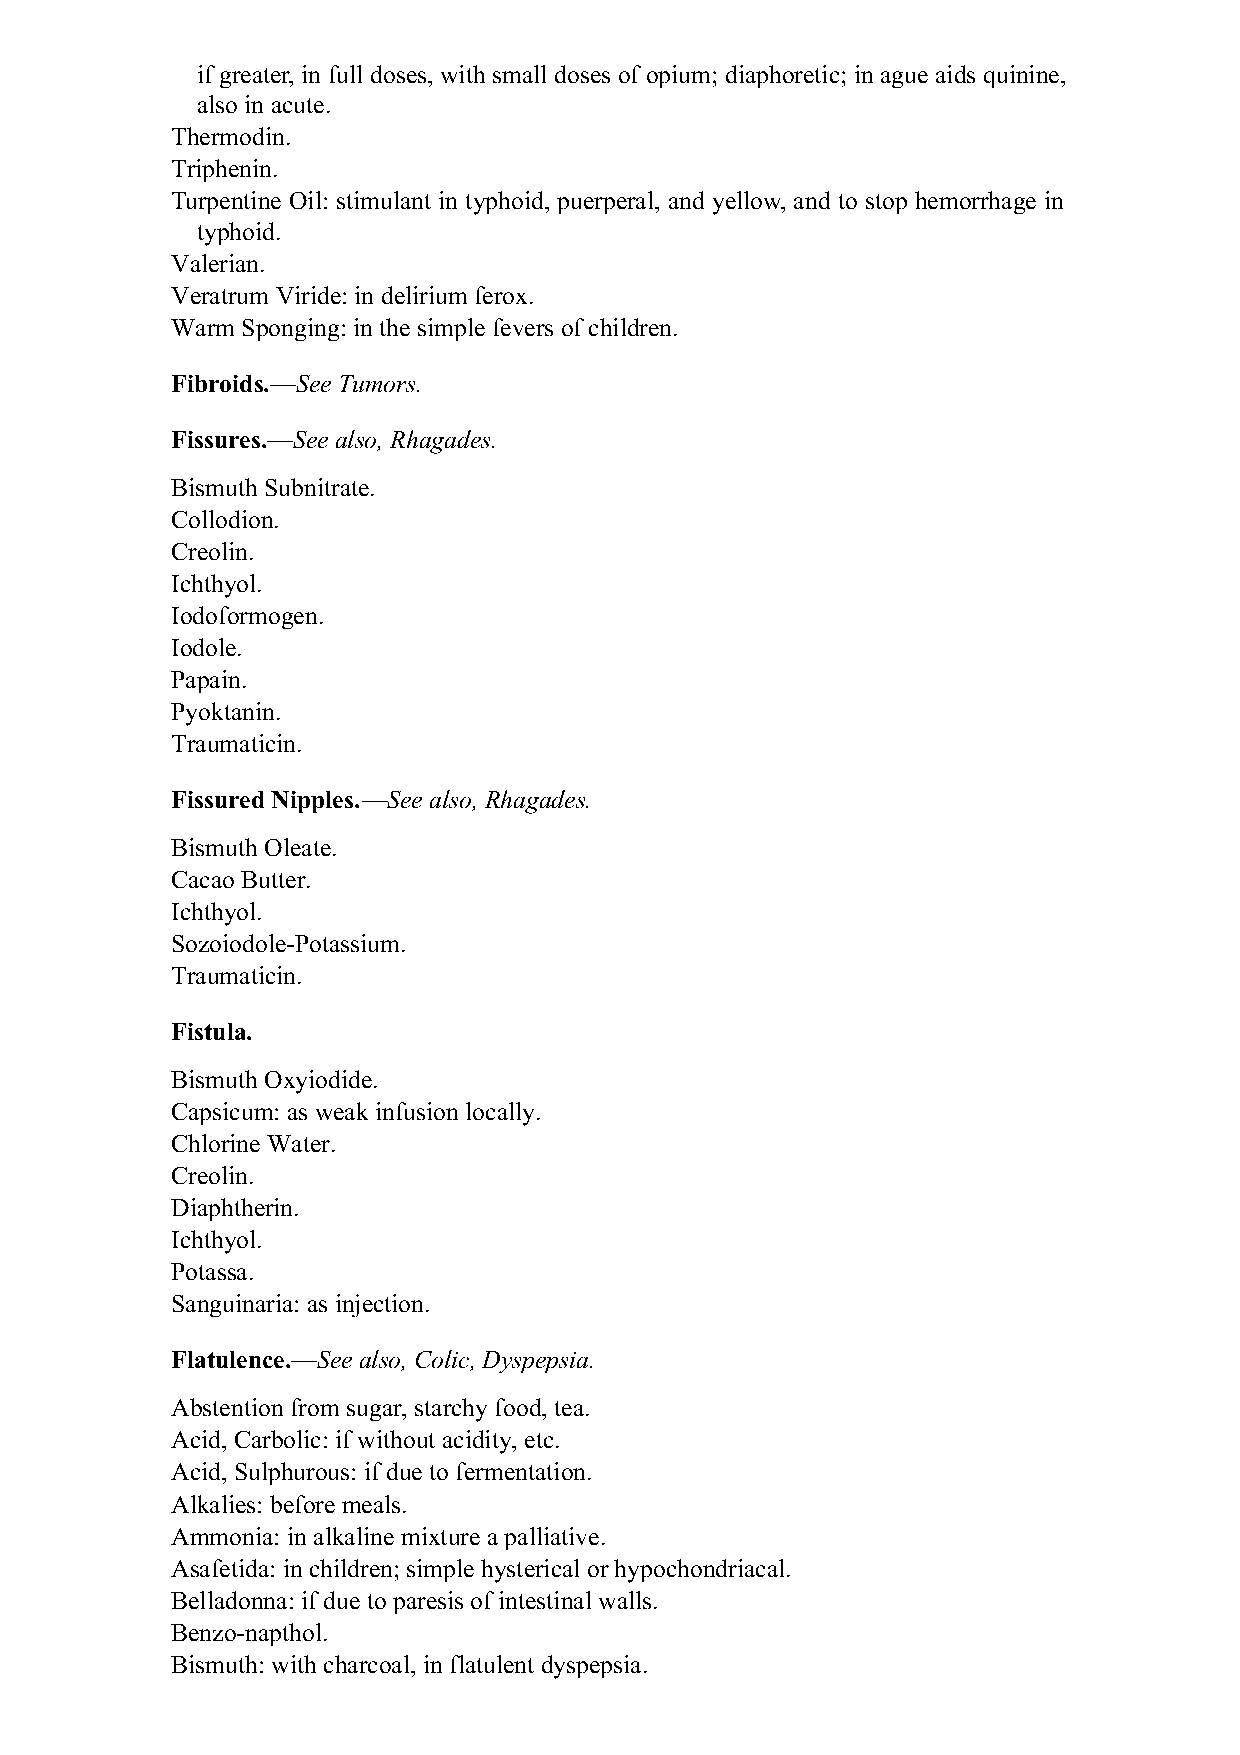
if greater, in full doses, with small doses of opium; diaphoretic; in ague aids quinine,
 also in acute.
 Thermodin.
 Triphenin.
 Turpentine Oil: stimulant in typhoid, puerperal, and yellow, and to stop hemorrhage in
 typhoid.
 Valerian.
 Veratrum Viride: in delirium ferox.
 Warm Sponging: in the simple fevers of children.
 Fibroids.—See Tumors.
 Fissures.—See also, Rhagades.
 Bismuth Subnitrate.
 Collodion.
 Creolin.
 Ichthyol.
 Iodoformogen.
 Iodole.
 Papain.
 Pyoktanin.
 Traumaticin.
 Fissured Nipples.—See also, Rhagades.
 Bismuth Oleate.
 Cacao Butter.
 Ichthyol.
 Sozoiodole-Potassium.
 Traumaticin.
 Fistula.
 Bismuth Oxyiodide.
 Capsicum: as weak infusion locally.
 Chlorine Water.
 Creolin.
 Diaphtherin.
 Ichthyol.
 Potassa.
 Sanguinaria: as injection.
 Flatulence.—See also, Colic, Dyspepsia.
 Abstention from sugar, starchy food, tea.
 Acid, Carbolic: if without acidity, etc.
 Acid, Sulphurous: if due to fermentation.
 Alkalies: before meals.
 Ammonia: in alkaline mixture a palliative.
 Asafetida: in children; simple hysterical or hypochondriacal.
 Belladonna: if due to paresis of intestinal walls.
 Benzo-napthol.
 Bismuth: with charcoal, in flatulent dyspepsia.